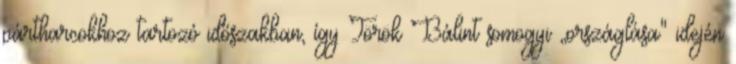
pártharcokhoz tartozó időszakban, így Török Bálint somogyi „országlása" idején